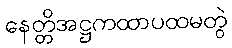
နေတ္တိအဋ္ဌကထာပထမတွဲ